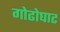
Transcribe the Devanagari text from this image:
गोढोघाट